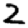
Digit: 2